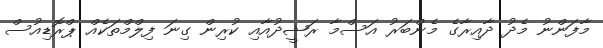
މާފަންނު މެދު ދާއިރާގެ މެންބަރު އަސްމާ ރަޝީދުއާއި ކުރިން ގިނަ ފިލްމްތަކެއް ޕްރޮޑިއުސް